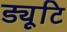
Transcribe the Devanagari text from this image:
ड्यूटि